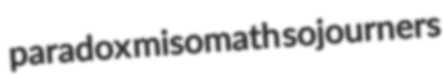
paradox misomath sojourners